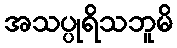
အသပ္ပုရိသဘူမိ